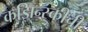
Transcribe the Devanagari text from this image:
कझिन्स्कीची